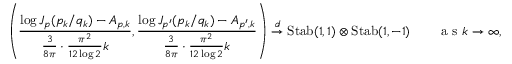
\left( \frac { \log J _ { p } ( p _ { k } / q _ { k } ) - A _ { p , k } } { \frac { 3 } { 8 \pi } \cdot \frac { \pi ^ { 2 } } { 1 2 \log 2 } k } , \frac { \log J _ { p ^ { \prime } } ( p _ { k } / q _ { k } ) - A _ { p ^ { \prime } , k } } { \frac { 3 } { 8 \pi } \cdot \frac { \pi ^ { 2 } } { 1 2 \log 2 } k } \right) \overset { d } { \to } \mathrm { S t a b } ( 1 , 1 ) \otimes \mathrm { S t a b } ( 1 , - 1 ) \qquad \textrm { a s } k \to \infty ,